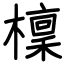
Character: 檁